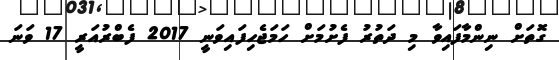
ގޮތަށް ނިންމާފައިވާ މި ދަތުރު ފެށުމަށް ހަމަޖެހިފައިވަނީ 2017 ފެބްރުއަރީ 17 ވަނަ